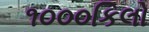
૧૦૦૦કિલો